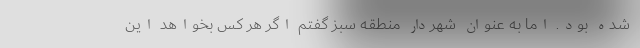
شده بود. اما به عنوان شهردار منطقه سبز گفتم اگر هر کس بخواهد این